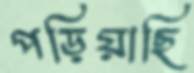
পড়িয়াছি